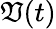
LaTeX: \mathfrak{V}(t)